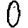
Digit: 0